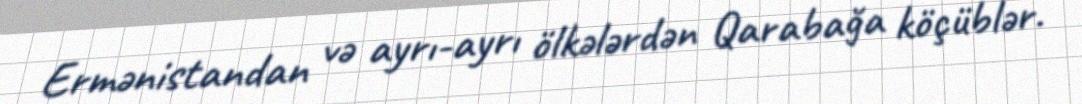
Ermənistandan və ayrı-ayrı ölkələrdən Qarabağa köçüblər.